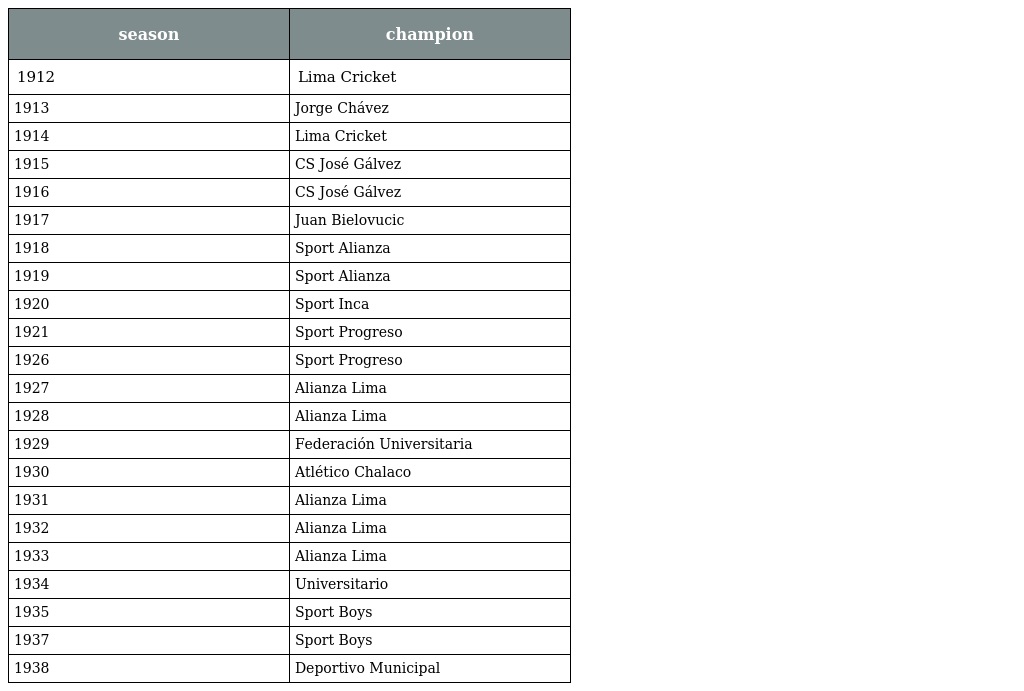
| season | champion |
 | --- | --- |
 | 1912 | Lima Cricket |
 | 1913 | Jorge Chávez |
 | 1914 | Lima Cricket |
 | 1915 | CS José Gálvez |
 | 1916 | CS José Gálvez |
 | 1917 | Juan Bielovucic |
 | 1918 | Sport Alianza |
 | 1919 | Sport Alianza |
 | 1920 | Sport Inca |
 | 1921 | Sport Progreso |
 | 1926 | Sport Progreso |
 | 1927 | Alianza Lima |
 | 1928 | Alianza Lima |
 | 1929 | Federación Universitaria |
 | 1930 | Atlético Chalaco |
 | 1931 | Alianza Lima |
 | 1932 | Alianza Lima |
 | 1933 | Alianza Lima |
 | 1934 | Universitario |
 | 1935 | Sport Boys |
 | 1937 | Sport Boys |
 | 1938 | Deportivo Municipal |